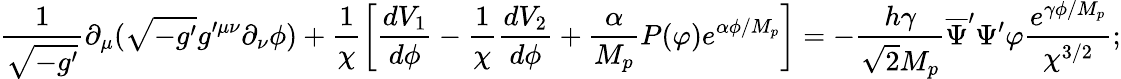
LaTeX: \frac{1}{\sqrt{-g^{\prime}}}\partial_{\mu}(\sqrt{-g^{\prime}}g^{\prime\mu\nu}\partial_{\nu}\phi)+\frac{1}{\chi}\left[\frac{dV_{1}}{d\phi}-\frac{1}{\chi}\frac{dV_{2}}{d\phi}+\frac{\alpha}{M_{p}}P(\varphi)e^{\alpha\phi/M_{p}}\right]=-\frac{h\gamma}{\sqrt{2}M_{p}}\overline{{{\Psi}}}^{\prime}\Psi^{\prime}\varphi\frac{e^{\gamma\phi/M_{p}}}{\chi^{3/2}};